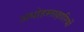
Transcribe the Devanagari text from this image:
अधोहस्ताक्षारियों